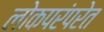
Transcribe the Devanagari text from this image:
लोकपरंपरेत